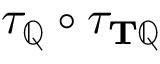
\tau _ { \mathbb { Q } } \circ \tau _ { \mathbf { T } \mathbb { Q } }